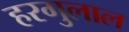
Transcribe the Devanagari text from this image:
हरगुलाल